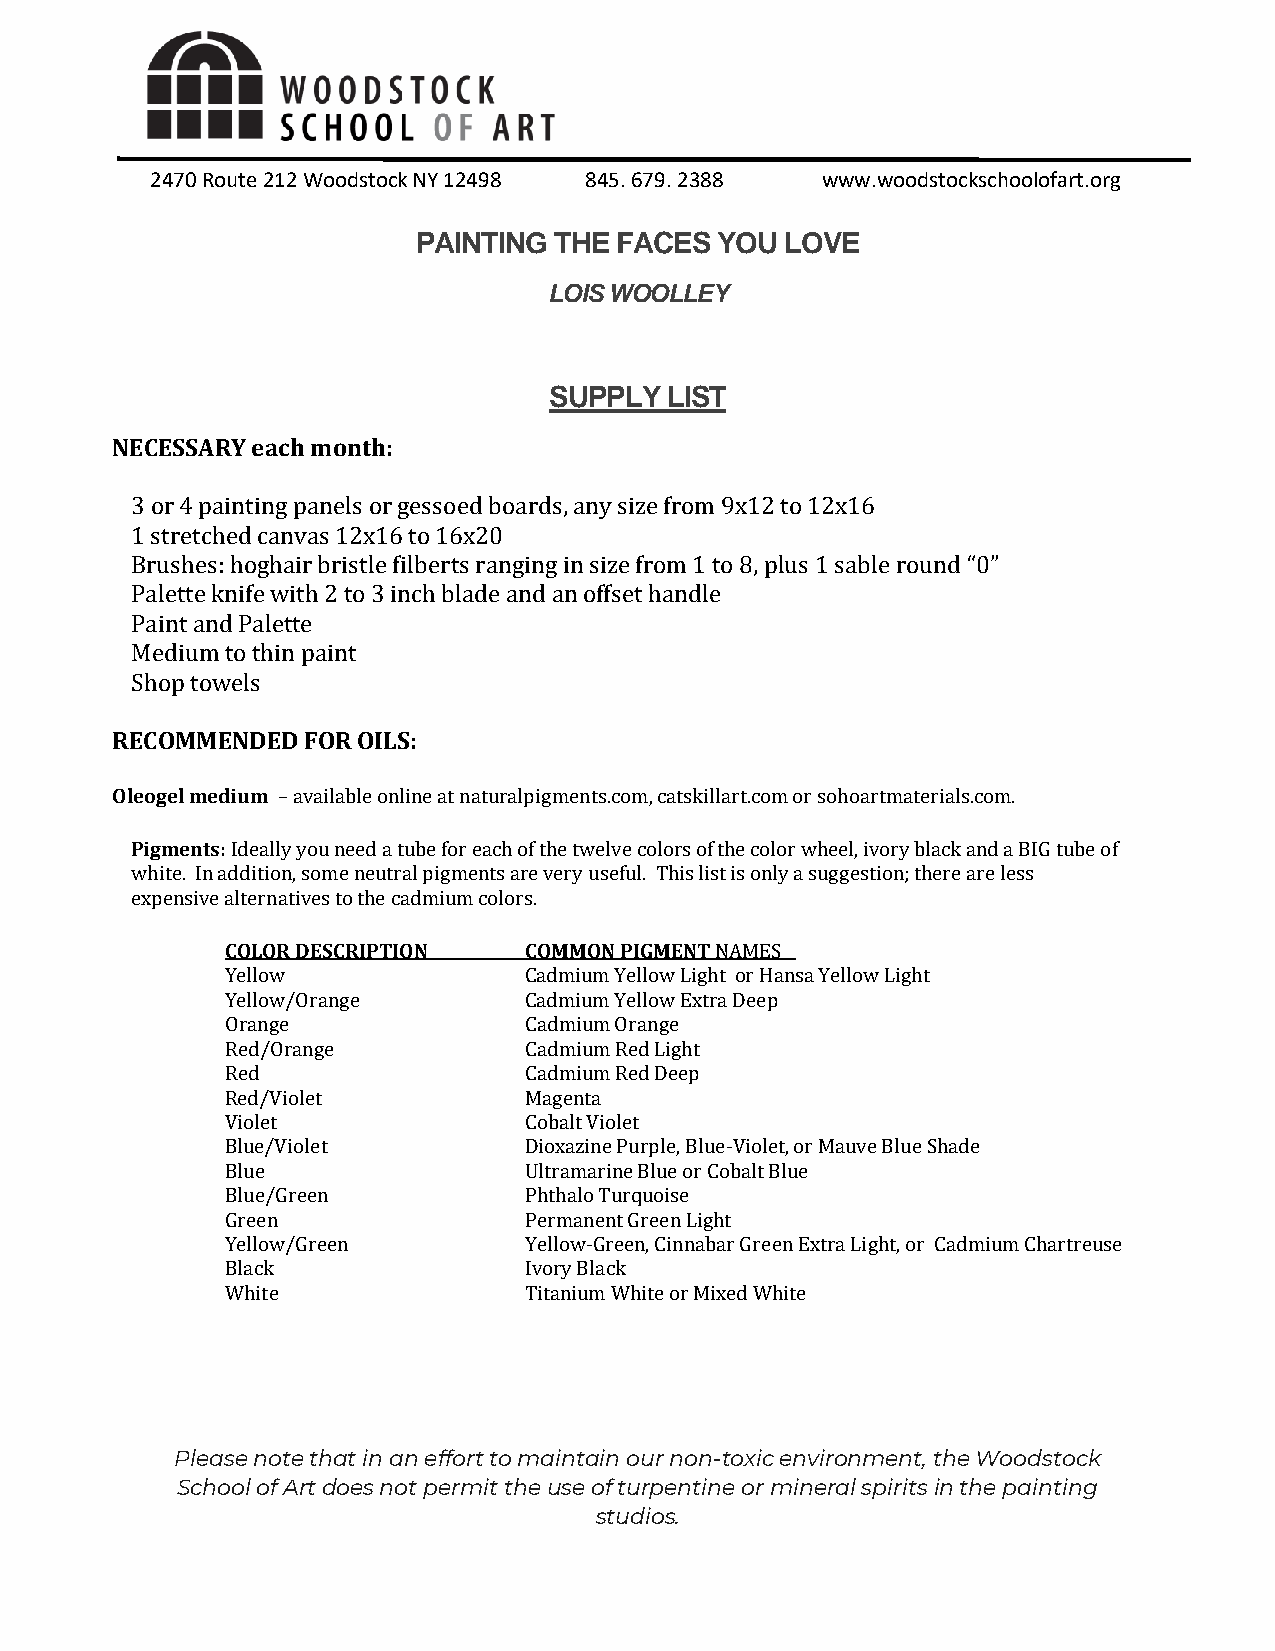
2470 Route 212 Woodstock NY 12498 845. 679. 2388 www.woodstockschoolofart.org
 PAINTING THE FACES YOU  LOVE
 LOIS WOOLLEY
 SUPPLY  LIST
 NECESSARY each month:
 3 or 4 painting panels or gessoed boards, any size from 9x12 to 12x16
 1 stretched canvas 12x16 to 16x20
 Brushes: hoghair bristle filberts ranging in size from 1 to 8, plus 1 sable round “0”
 Palette knife with 2 to 3 inch blade and an offset handle
 Paint and Palette
 Medium to thin paint
 Shop towels
 RECOMMENDED  FOR OILS:
 Oleogel medium – available online at naturalpigments.com, catskillart.com or sohoartmaterials.com.
 Pigments: Ideally you need a tube for each of the twelve colors of the color wheel, ivory black and a BIG tube of
 white. In addition, some neutral pigments are very useful. This list is only a suggestion; there are less
 expensive alternatives to the cadmium colors.
 COLOR DESCRIPTION   COMMON PIGMENT NAMES
 Yellow              Cadmium Yellow Light or Hansa Yellow Light
 Yellow/Orange       Cadmium Yellow Extra Deep
 Orange              Cadmium Orange
 Red/Orange          Cadmium Red Light
 Red                 Cadmium Red Deep
 Red/Violet          Magenta
 Violet              Cobalt Violet
 Blue/Violet         Dioxazine Purple, Blue-Violet, or Mauve Blue Shade
 Blue                Ultramarine Blue or Cobalt Blue
 Blue/Green          Phthalo Turquoise
 Green               Permanent Green Light
 Yellow/Green        Yellow-Green, Cinnabar Green Extra Light, or Cadmium Chartreuse
 Black               Ivory Black
 White               Titanium White or Mixed White
 Please note that in an effort to maintain our non-toxic environment, the Woodstock
 School of Art does not permit the use of turpentine or mineral spirits in the painting
 studios.